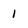
Character: 1